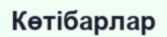
Көтібарлар